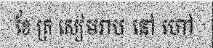
ខែ ត្រ សៀមរាប នៅ ហៅ